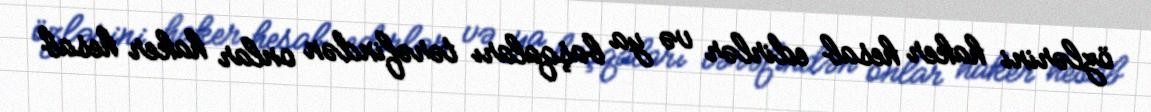
özlərini haker hesab edirlər və ya başqaları tərəfindən onlar haker hesab